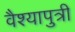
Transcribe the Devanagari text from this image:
वैश्यापुत्री